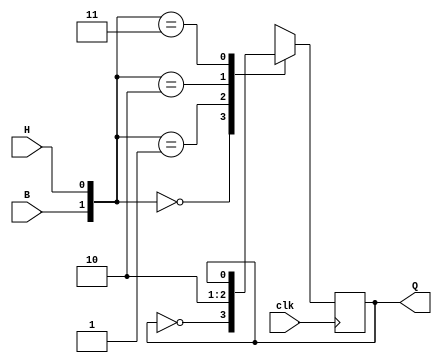
`timescale 1ns / 1ps

module bh(input B, input H, input clk, output reg Q);

    initial begin
        Q = 1;
    end

    always @(posedge clk) begin
        case ({B,H})
        2'b00: Q <= ~Q;
        2'b01: Q <= 1'b1;
        2'b10: Q <= 1'b0;
        2'b11: Q <= Q;
        endcase
    end

endmodule

module ic1337(// Inputs
              input A0,
              input A1,
              input A2,
              input clk,
              // Outputs
              output Q0,
              output Q1,
              output Z);

    bh top_bh(
        ((A0)^(~A1)) | A2,
        (A0) & (~A2),
        clk,
        Q0
    );    

    bh bottom_bh(
        (A0) & (~A2),
        ((~A0) ~| (A1)) & (A2),
        clk,
        Q1
    );

    assign Z = Q0 ~^ Q1;

endmodule